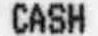
CASH